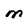
Character: M